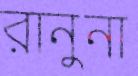
রানুনা